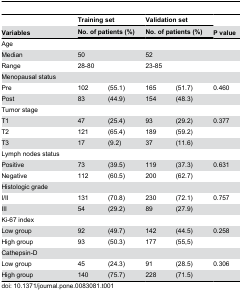
|  | <COLSPAN=2> Training set | <COLSPAN=2> Validation set |  |
 | Variables | <COLSPAN=2> No. of patients (%) | <COLSPAN=2> No. of patients (%) | P value |
 | --- | --- | --- | --- | --- | --- |
 | Age | <COLSPAN=2>  | <COLSPAN=2>  |  |
 | Median | <COLSPAN=2> 50 | <COLSPAN=2> 52 |  |
 | Range | <COLSPAN=2> 28-80 | <COLSPAN=2> 23-85 |  |
 | Menopausal status | <COLSPAN=2>  | <COLSPAN=2>  |  |
 | Pre | 102 | (55.1) | 165 | (51.7) | 0.460 |
 | Post | 83 | (44.9) | 154 | (48.3) |  |
 | Tumor stage | <COLSPAN=2>  | <COLSPAN=2>  |  |
 | T1 | 47 | (25.4) | 93 | (29.2) | 0.377 |
 | T2 | 121 | (65.4) | 189 | (59.2) |  |
 | T3 | 17 | (9.2) | 37 | (11.6) |  |
 | Lymph nodes status | <COLSPAN=2>  | <COLSPAN=2>  |  |
 | Positive | 73 | (39.5) | 119 | (37.3) | 0.631 |
 | Negative | 112 | (60.5) | 200 | (62.7) |  |
 | Histologic grade | <COLSPAN=2>  | <COLSPAN=2>  |  |
 | I/II | 131 | (70.8) | 230 | (72.1) | 0.757 |
 | III | 54 | (29.2) | 89 | (27.9) |  |
 | Ki-67 index | <COLSPAN=2>  | <COLSPAN=2>  |  |
 | Low group | 92 | (49.7) | 142 | (44.5) | 0.258 |
 | High group | 93 | (50.3) | 177 | (55,5) |  |
 | Cathepsin-D | <COLSPAN=2>  | <COLSPAN=2>  |  |
 | Low group | 45 | (24.3) | 91 | (28.5) | 0.306 |
 | High group | 140 | (75.7) | 228 | (71.5) |  |